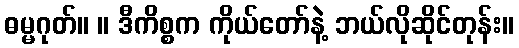
ဓမ္မဂုတ်။ ။ ဒီကိစ္စက ကိုယ်တော်နဲ့ ဘယ်လိုဆိုင်တုန်း။